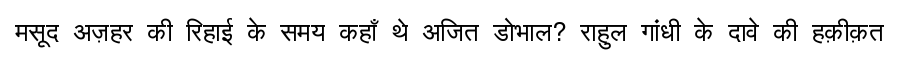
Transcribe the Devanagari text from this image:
मसूद अज़हर की रिहाई के समय कहाँ थे अजित डोभाल? राहुल गांधी के दावे की हक़ीक़त